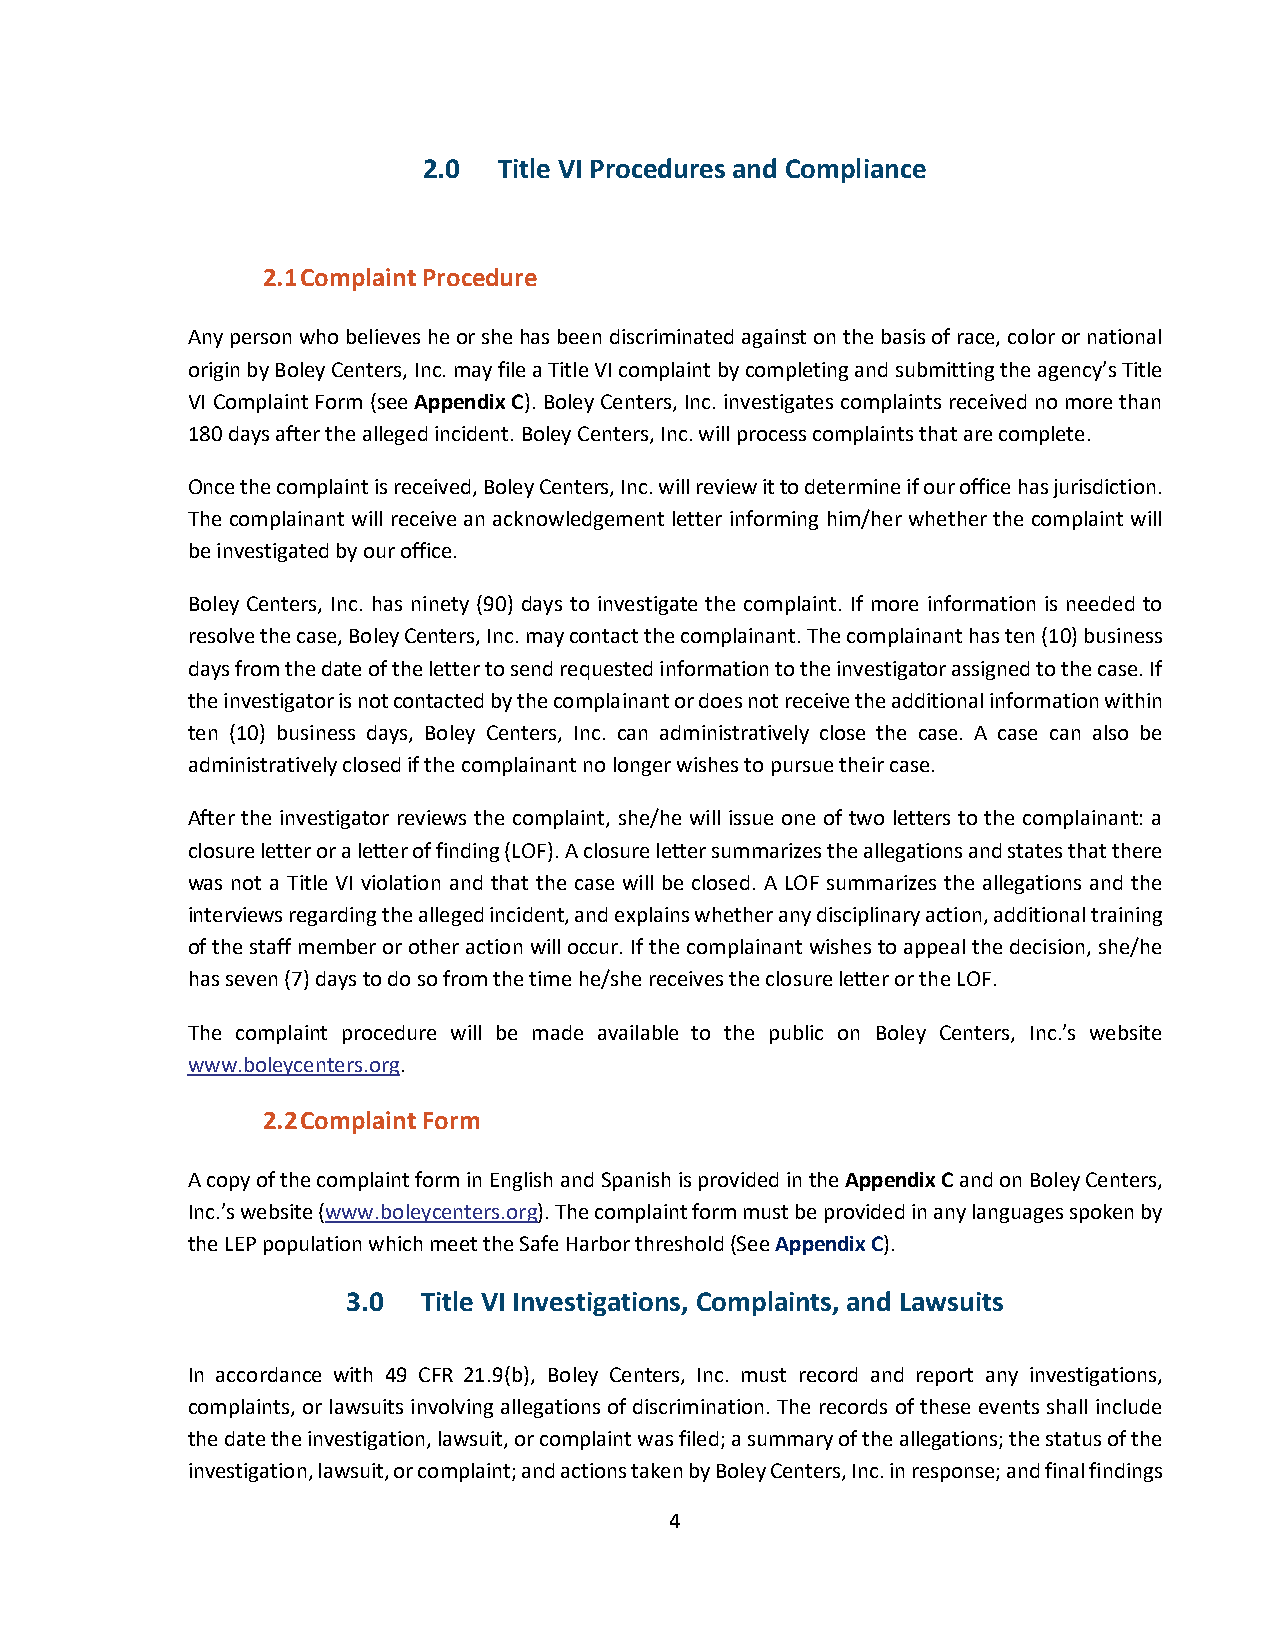
2.0  Title VI Procedures and Compliance
 2.1 Complaint Procedure
 Any person who believes he or she has been discriminated against on the basis of race, color or national
 origin by Boley Centers, Inc. may file a Title VI complaint by completing and submitting the agency’s Title
 VI Complaint Form (see Appendix C). Boley Centers, Inc. investigates complaints received no more than
 180 days after the alleged incident. Boley Centers, Inc. will process complaints that are complete.
 Once the complaint is received, Boley Centers, Inc. will review it to determine if our office has jurisdiction.
 The complainant will receive an acknowledgement letter informing him/her whether the complaint will
 be investigated by our office.
 Boley Centers, Inc. has ninety (90) days to investigate the complaint. If more information is needed to
 resolve the case, Boley Centers, Inc. may contact the complainant. The complainant has ten (10) business
 days from the date of the letter to send requested information to the investigator assigned to the case. If
 the investigator is not contacted by the complainant or does not receive the additional information within
 ten (10) business days, Boley Centers, Inc. can administratively close the case. A case can also be
 administratively closed if the complainant no longer wishes to pursue their case.
 After the investigator reviews the complaint, she/he will issue one of two letters to the complainant: a
 closure letter or a letter of finding (LOF). A closure letter summarizes the allegations and states that there
 was not a Title VI violation and that the case will be closed. A LOF summarizes the allegations and the
 interviews regarding the alleged incident, and explains whether any disciplinary action, additional training
 of the staff member or other action will occur. If the complainant wishes to appeal the decision, she/he
 has seven (7) days to do so from the time he/she receives the closure letter or the LOF.
 The complaint procedure will be made available to the public on Boley Centers, Inc.’s website
 www.boleycenters.org.
 2.2 Complaint Form
 A copy of the complaint form in English and Spanish is provided in the Appendix C and on Boley Centers,
 Inc.’s website (www.boleycenters.org). The complaint form must be provided in any languages spoken by
 the LEP population which meet the Safe Harbor threshold (See Appendix C).
 3.0  Title VI Investigations, Complaints, and Lawsuits
 In accordance with 49 CFR 21.9(b), Boley Centers, Inc. must record and report any investigations,
 complaints, or lawsuits involving allegations of discrimination. The records of these events shall include
 the date the investigation, lawsuit, or complaint was filed; a summary of the allegations; the status of the
 investigation, lawsuit, or complaint; and actions taken by Boley Centers, Inc. in response; and final findings
 4